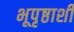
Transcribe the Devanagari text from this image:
भूपृष्ठाशी